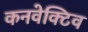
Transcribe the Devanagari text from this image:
कनवेक्टिव